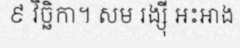
៩ វិច្ឆិកា។ សម រង្ស៊ី អះអាង